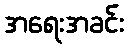
အရေးအခင်း